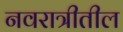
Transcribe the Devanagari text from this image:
नवरात्रीतील